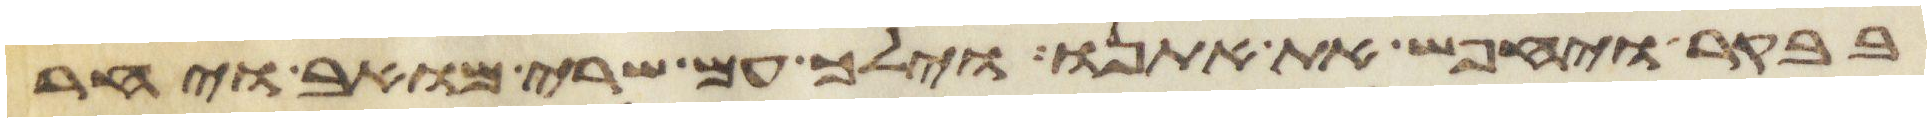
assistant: בבקר ויחבש את אתנו וילך עם שרי מואב ויחר